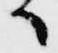
候